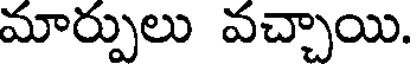
మార్పులు వచ్చాయి.